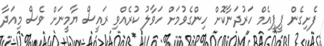
ފެށިގެން ޕީޕީއެމް ހަރުދަނާކޮށް ހިންގެވުމަށް ހަވާލު ކުރެއްވި ރައީސް ޔާމީނަށް ވެސް މިއަދާ